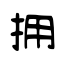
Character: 拥